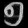
Digit: ၅